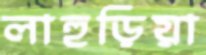
লাহুড়িয়া